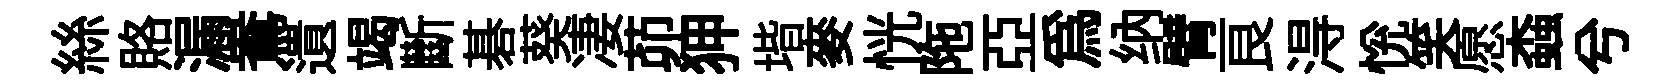
絲賂漏鴦遺竭斷碁葵凄茆狎堦麥恍陁亞爲纳臂良淂恱笑愿螙兮